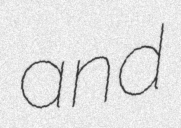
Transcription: and